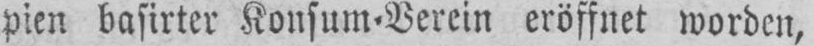
pien basirter Konsum⸗Vereine eröffnet worden,